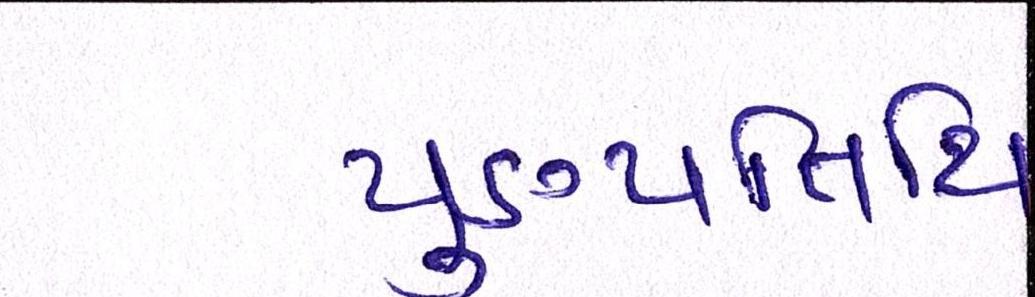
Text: પુણ્યતિથિ